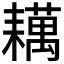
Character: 𬚑